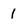
Character: 1